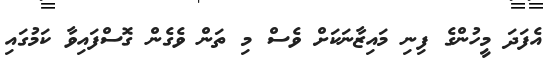
އެފަދަ މީހުންގެ ފިނި މައިޒާނަކަށް ވެސް މި ތަން ވެގެން ގޮސްފައިވާ ކަމުގައި